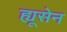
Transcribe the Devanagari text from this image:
ह्यूसेन